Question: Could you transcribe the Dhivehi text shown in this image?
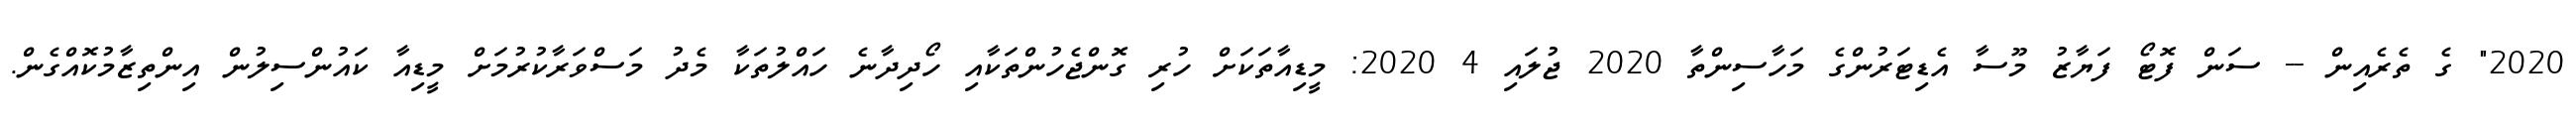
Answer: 2020" ގެ ތެރެއިން -- ސަން ފޮޓޯ ފަޔާޒު މޫސާ އެޑިޓަރުންގެ މަހާސިންތާ 2020 ޖުލައި 4 2020: މީޑިއާތަކަށް ހުރި ގޮންޖެހުންތަކާއި ހޯދިދާނެ ހައްލުތަކާ މެދު މަސްވަރާކުރުމަށް މީޑިއާ ކައުންސިލުން އިންތިޒާމުކޮއްގެން.